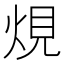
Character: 䙺